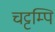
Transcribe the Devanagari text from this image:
चट्टम्पि